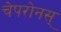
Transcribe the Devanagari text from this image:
चेपरोनस्